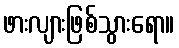
ဖားလျားဖြစ်သွားရော။